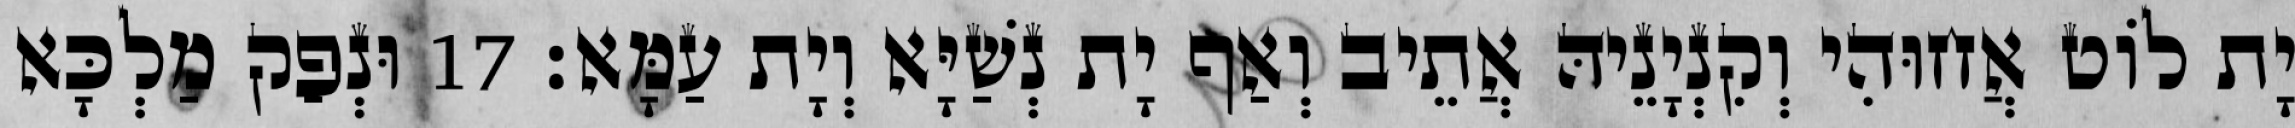
יָת לוֹט אֲחוּהִי וְקִנְיָנֵיהּ אֲתֵיב וְאַף יָת נְשַׁיָּא וְיָת עַמָּא׃ 17 וּנְפַק מַלְכָּא